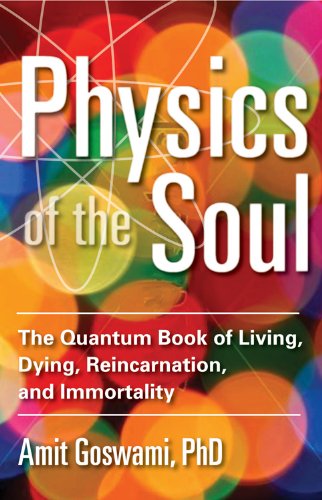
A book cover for Physics of the Soul: The Quantum Book of Living, Dying, Reincarnation, and Immortality; Amit Goswami; Religion & Spirituality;